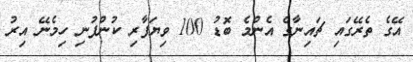
އޭގެ ތެރޭގައި ޗައިނާގެ އެންމެ ބޮޑު 100 ވިޔަފާރި ކުންފުނި ހިމެނޭ އިރު